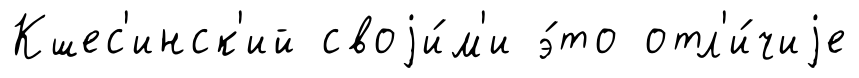
Кшес'инск'ий своjи́м'и э́то отл'и́чиjе